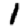
Digit: 1